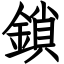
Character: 鎖